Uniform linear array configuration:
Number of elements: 24
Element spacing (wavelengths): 0.5
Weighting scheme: hann
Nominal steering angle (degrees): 0
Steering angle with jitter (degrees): -1.24
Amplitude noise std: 0.05
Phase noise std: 0.05

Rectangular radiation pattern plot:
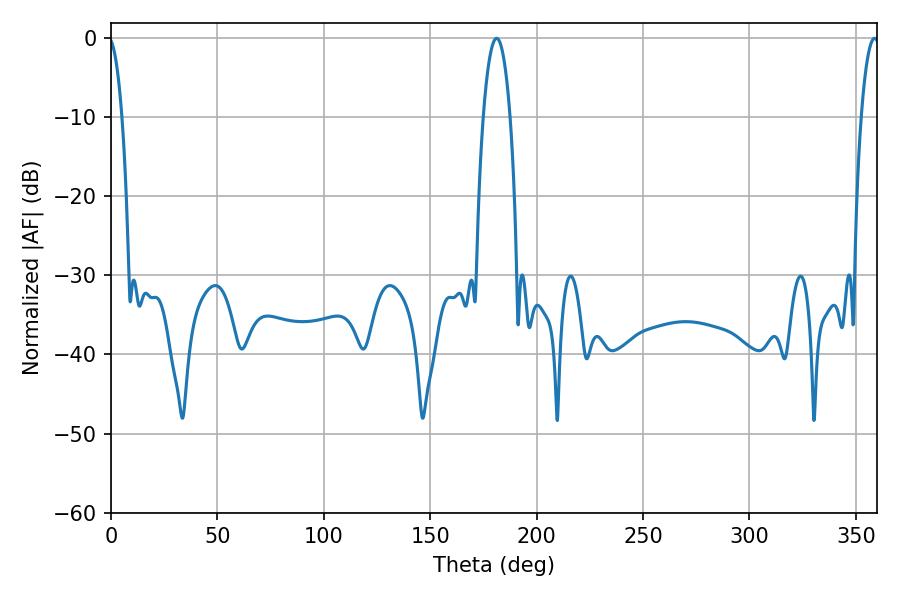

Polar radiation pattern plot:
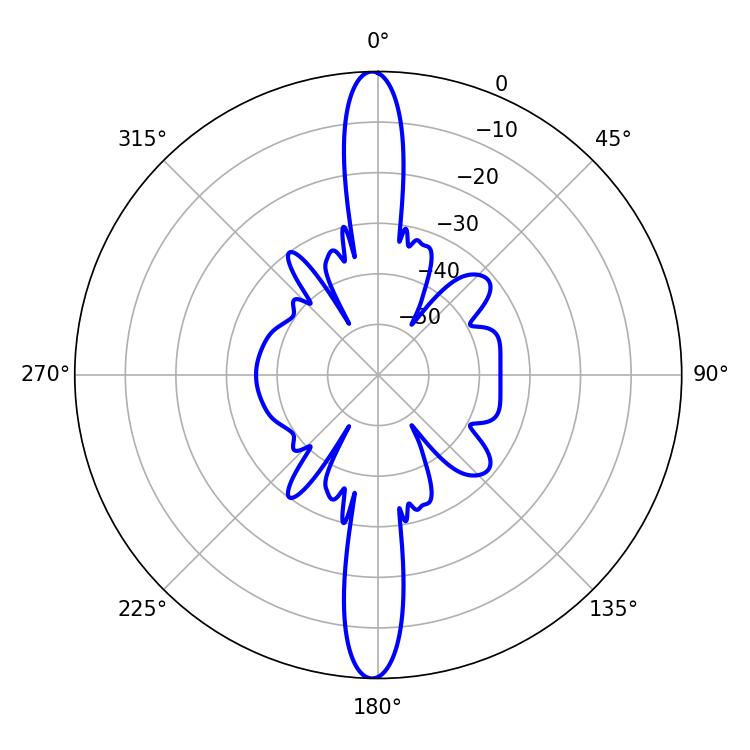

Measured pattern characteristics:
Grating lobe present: FALSE
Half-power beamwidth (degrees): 4.68
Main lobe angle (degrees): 358.74